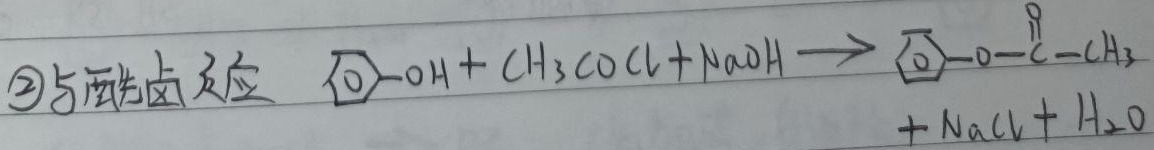
\textcircled{2}与酰卤反应 $\bigcirc-\mathrm{OH}+\mathrm{CH}_{3}\mathrm{COCl}+\mathrm{NaOH} \longrightarrow \bigcirc-\mathrm{O}-\overset{\mathrm{O}}{\mathrm{C}}-\mathrm{CH}_{3}+\mathrm{NaCl}+\mathrm{H}_{2}\mathrm{O}$